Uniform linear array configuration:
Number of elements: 48
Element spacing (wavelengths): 0.5
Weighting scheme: hamming
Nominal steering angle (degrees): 60
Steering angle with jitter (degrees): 59.422
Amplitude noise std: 0.05
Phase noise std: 0.05

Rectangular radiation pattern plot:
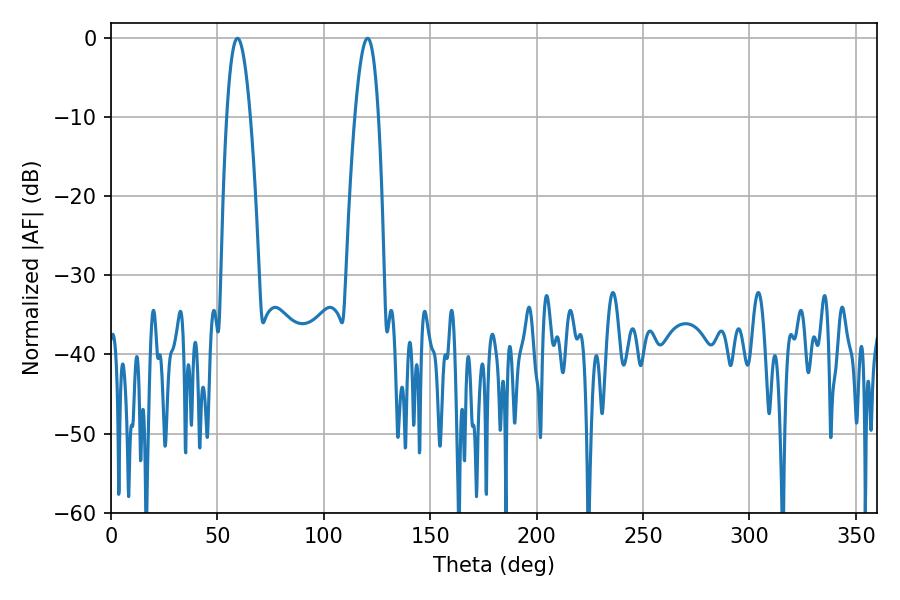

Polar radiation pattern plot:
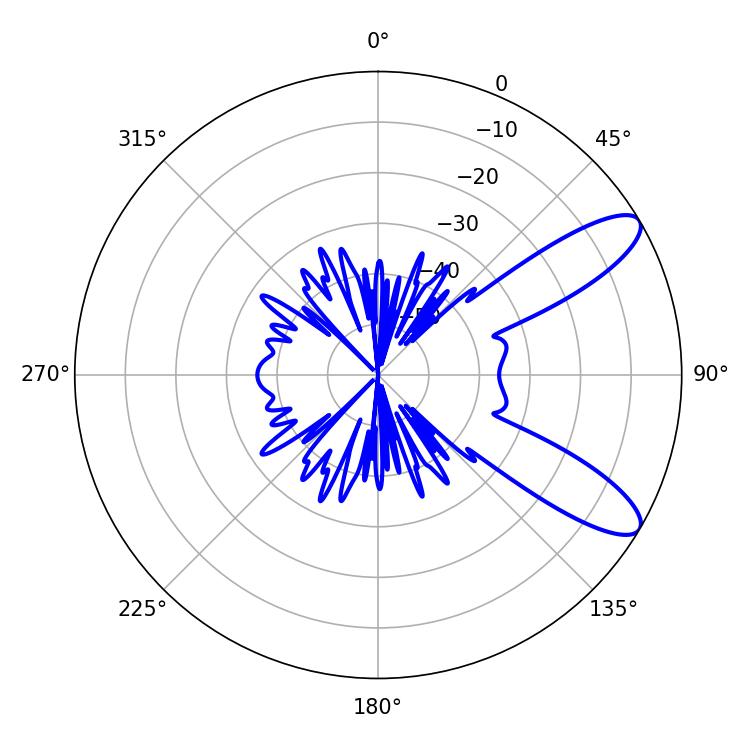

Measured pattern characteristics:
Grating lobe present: FALSE
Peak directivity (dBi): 10.038
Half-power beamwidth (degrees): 6.12
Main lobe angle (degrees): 59.4